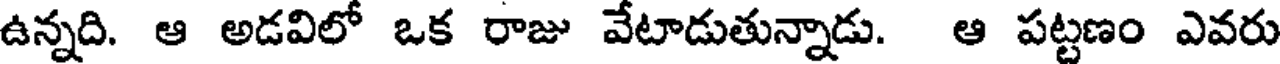
ఉన్నది. ఆ అడవిలో ఒక రాజు వేటాడుతున్నాడు. ఆ పట్టణం ఎవరు